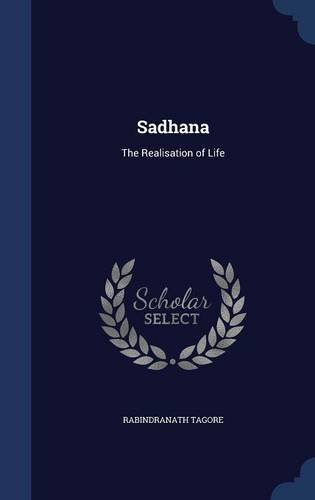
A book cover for Sadhana: The Realisation of Life; Rabindranath Tagore; Religion & Spirituality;